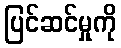
ပြင်ဆင်မှုကို